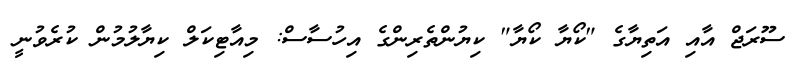
ސޫރަޖް އާއި އަތިޔާގެ "ކޯޔާ ކޯޔާ" ކިޔުންތެރިންގެ އިހުސާސް: މިއާޓިކަލް ކިޔާލުމުން ކުރެވުނީ